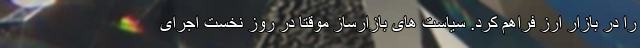
را در بازار ارز فراهم کرد. سیاست های بازارساز موقتا در روز نخست اجرای